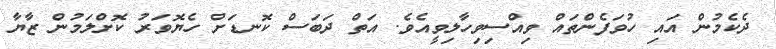
ދެކެމުން އައި ހުވަފެންތައް ވިއްސިވިހާލިވީއެވެ. އަތް ދަބަސް ކޮނޑަށް ހެޔޮވަރު ކޮށްލަމުން ޒާޔާ